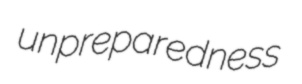
unpreparedness